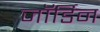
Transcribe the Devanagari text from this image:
जॉर्डिन